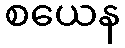
စယေန